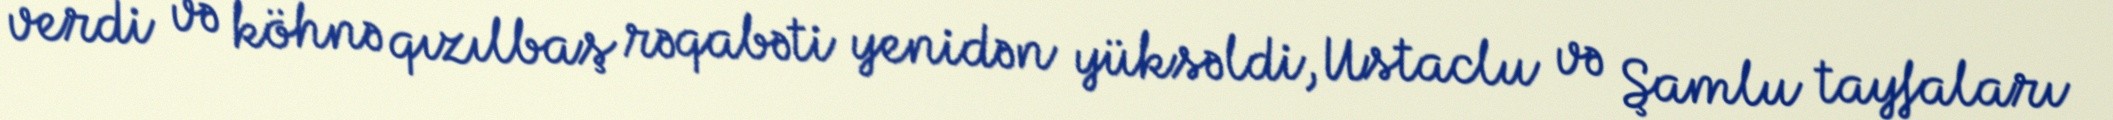
verdi və köhnə qızılbaş rəqabəti yenidən yüksəldi, Ustaclu və Şamlu tayfaları